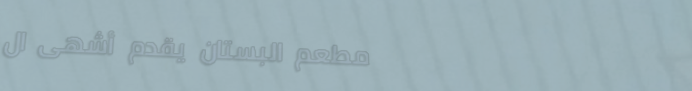
مطعم البستان يقدم أشهى ال